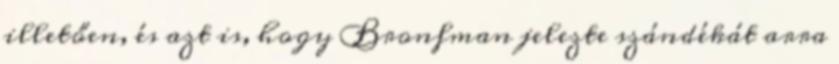
illetően, és azt is, hogy Bronfman jelezte szándékát arra